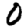
Digit: 0